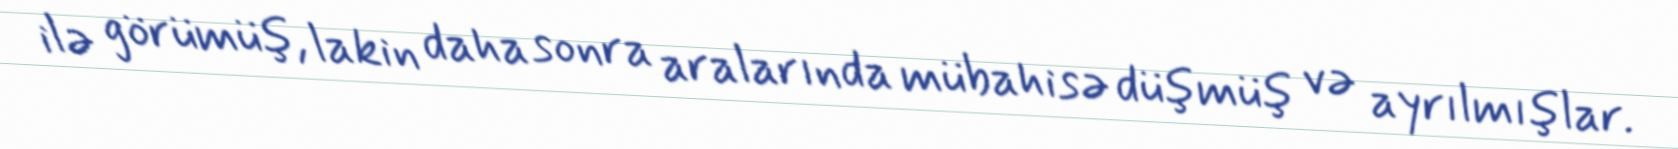
ilə görümüş, lakin daha sonra aralarında mübahisə düşmüş və ayrılmışlar.